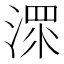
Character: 𱨁